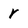
Character: r